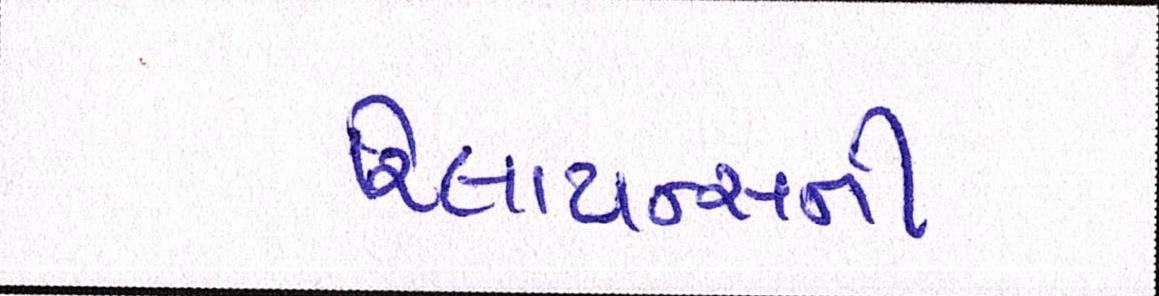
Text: રિલાયન્સની